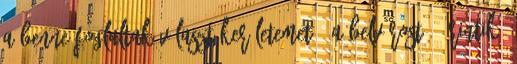
a benne foglaltak választókerületemet – a belvárost – érintik,